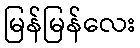
မြန်မြန်လေး